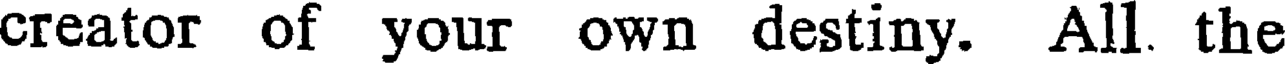
creator of your own destiny. All. the